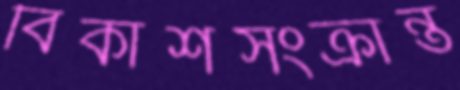
বিকাশসংক্রান্ত